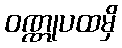
ဝဏ္ဏုပထမှိ